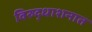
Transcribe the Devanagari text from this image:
विरुद्धाशनात